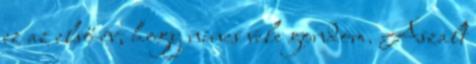
ez az első év, hogy nincs vele gondom. Aszalt